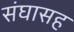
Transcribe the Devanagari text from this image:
संघासह